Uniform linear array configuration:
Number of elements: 32
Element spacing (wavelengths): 0.25
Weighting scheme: cosine
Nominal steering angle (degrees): -15
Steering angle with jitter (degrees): -16.255
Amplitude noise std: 0.05
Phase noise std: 0.05

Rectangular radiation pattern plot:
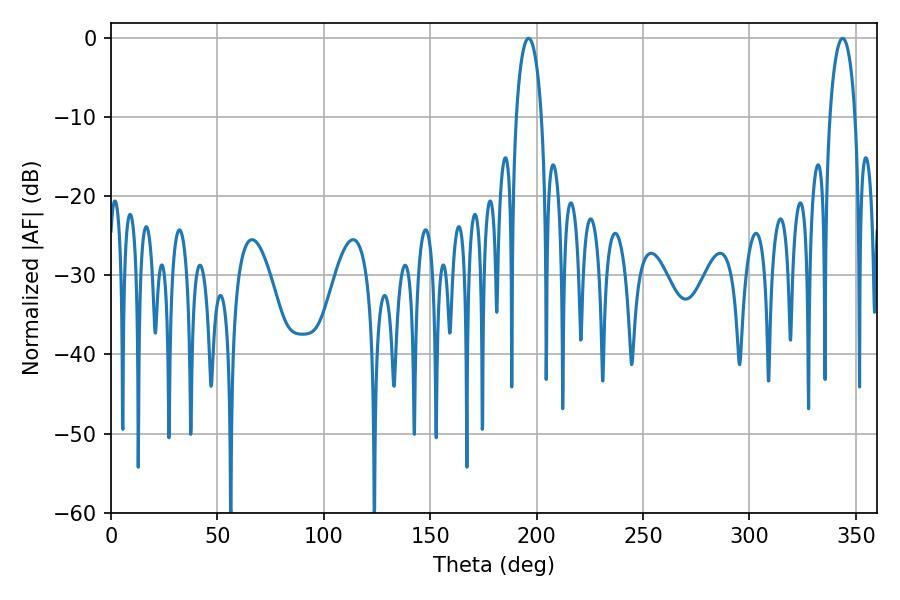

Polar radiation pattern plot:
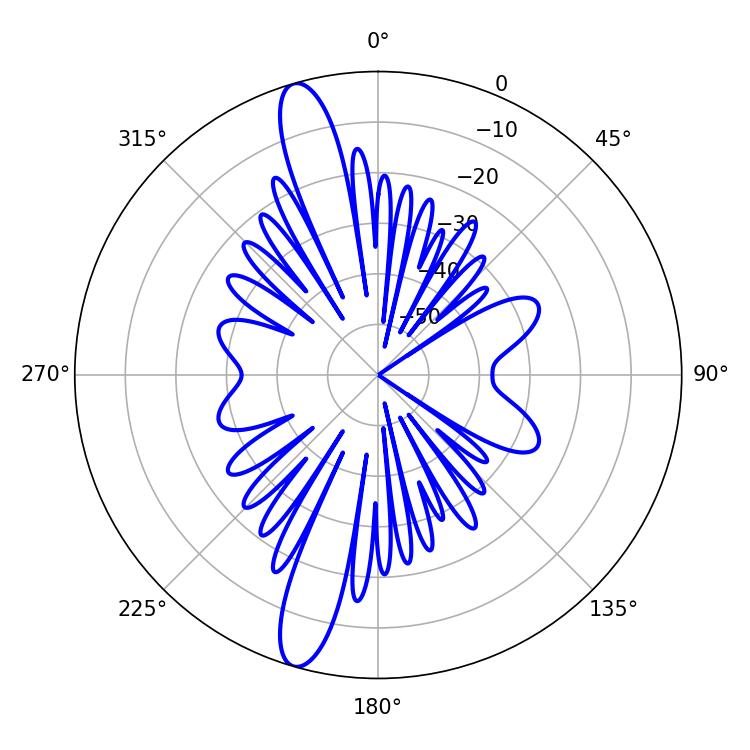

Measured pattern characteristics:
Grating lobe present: FALSE
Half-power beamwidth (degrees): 6.84
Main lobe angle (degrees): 196.2